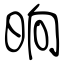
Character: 晌